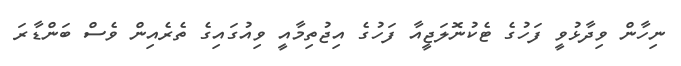
ނިހާން ވިދާޅުވީ ފަހުގެ ޓެކުނޮލަޖީއާ ފަހުގެ އިޖުތިމާއީ ވިއުގައިގެ ތެރެއިން ވެސް ބަންޑާރަ